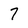
Character: 7